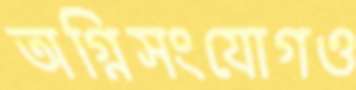
অগ্নিসংযোগও